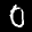
Label: 0